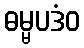
ဓမ္မပဒံဝ